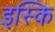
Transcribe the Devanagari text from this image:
इस्कि